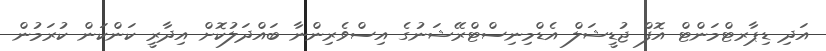
އަދި ޑިޕާރޓްމަންޓް އޮފް ޖުޑީޝަލް އެޑްމިނިސްޓްރޭޝަނުގެ އިސްވެރިންނާ ބައްދަލުކޮށް އިދާރީ ކަންކަން ކުރަމުން